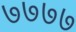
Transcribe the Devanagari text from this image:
७७७७